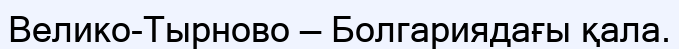
Велико-Тырново — Болгариядағы қала.